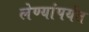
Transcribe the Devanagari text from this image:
लेण्यांपर्यत